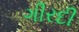
ગીરદી